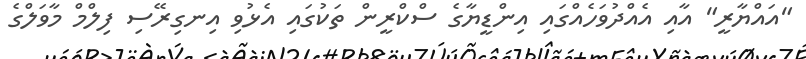
"އައްޔާރީ" އާއި އެއްދުވަހެއްގައި އިންޑީޔާގެ ސްކްރީން ތަކުގައި އެޅުވި އިނގިރޭސި ފިލްމް މާވަލްގެ